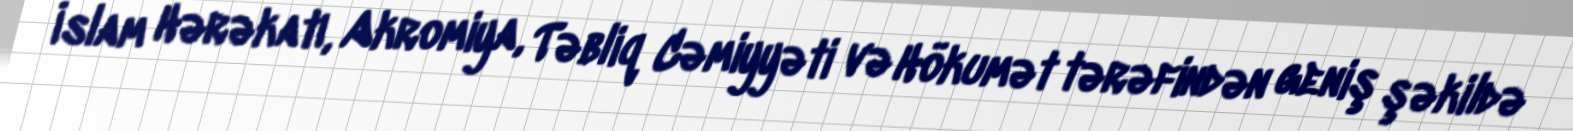
İslam Hərəkatı, Akromiya, Təbliq Cəmiyyəti və Hökumət tərəfindən geniş şəkildə